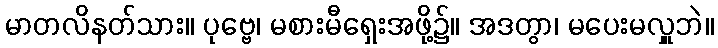
မာတလိနတ်သား။ ပုဗ္ဗေ၊ မစားမီရှေးအဖို့၌။ အဒတွာ၊ မပေးမလှူဘဲ။